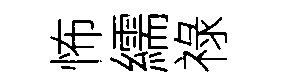
怖繻祿